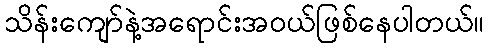
သိန်းကျော်နဲ့အရောင်းအဝယ်ဖြစ်နေပါတယ်။